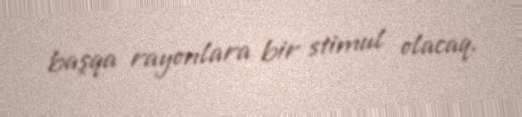
başqa rayonlara bir stimul olacaq.